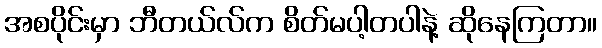
အစပိုင်းမှာ ဘီတယ်လ်က စိတ်မပါ့တပါနဲ့ ဆိုနေကြတာ။